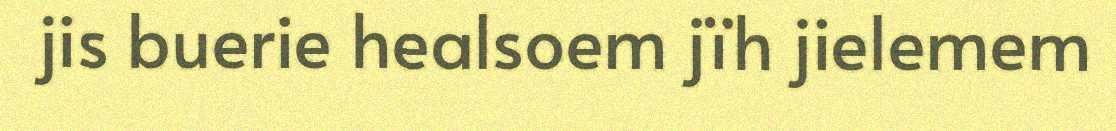
jis buerie healsoem jïh jielemem